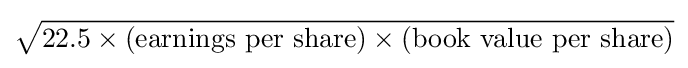
{\sqrt {22.5\times ({\text{earnings per share}})\times ({\text{book value per share}})}}